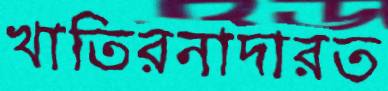
খাতিরনাদারত